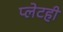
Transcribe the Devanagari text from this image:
प्लेटही